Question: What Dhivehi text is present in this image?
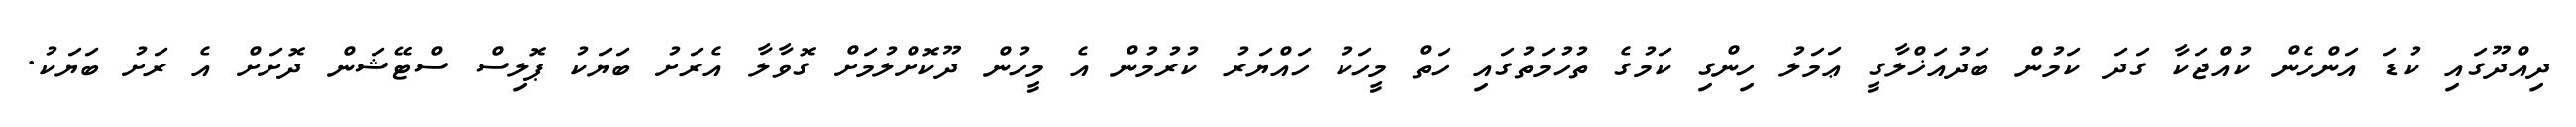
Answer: ދިއްދޫގައި ކުޑަ އަންހެން ކުއްޖަކާ ގަދަ ކަމުން ބަދުއަޚްލާގީ ޢަމަލު ހިންގި ކަމުގެ ތުހުމަތުގައި ހަތް މީހަކު ހައްޔަރު ކުރުމުން އެ މީހުން ދޫކޮށްލުމަށް ގޮވާލާ އެރަށު ބަޔަކު ޕޮލިސް ސްޓޭޝަން ދޮށަށް އެ ރަށު ބަޔަކު.